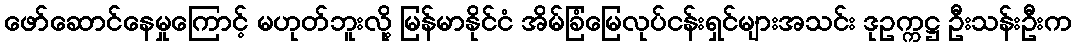
ဖော်ဆောင်နေမှုကြောင့် မဟုတ်ဘူးလို့ မြန်မာနိုင်ငံ အိမ်ခြံမြေလုပ်ငန်းရှင်များအသင်း ဒုဥက္ကဋ္ဌ ဦးသန်းဦးက